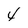
Character: 4